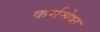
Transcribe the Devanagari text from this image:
कर्मश्रेष्ठ